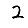
Digit: 2